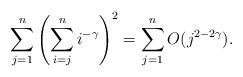
LaTeX: \begin{align*}\sum_{j=1}^n\left( \sum_{i=j}^n i^{-\gamma} \right)^2 = \sum_{j=1}^n O(j^{2-2\gamma}).\end{align*}